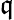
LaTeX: \mathfrak{q}